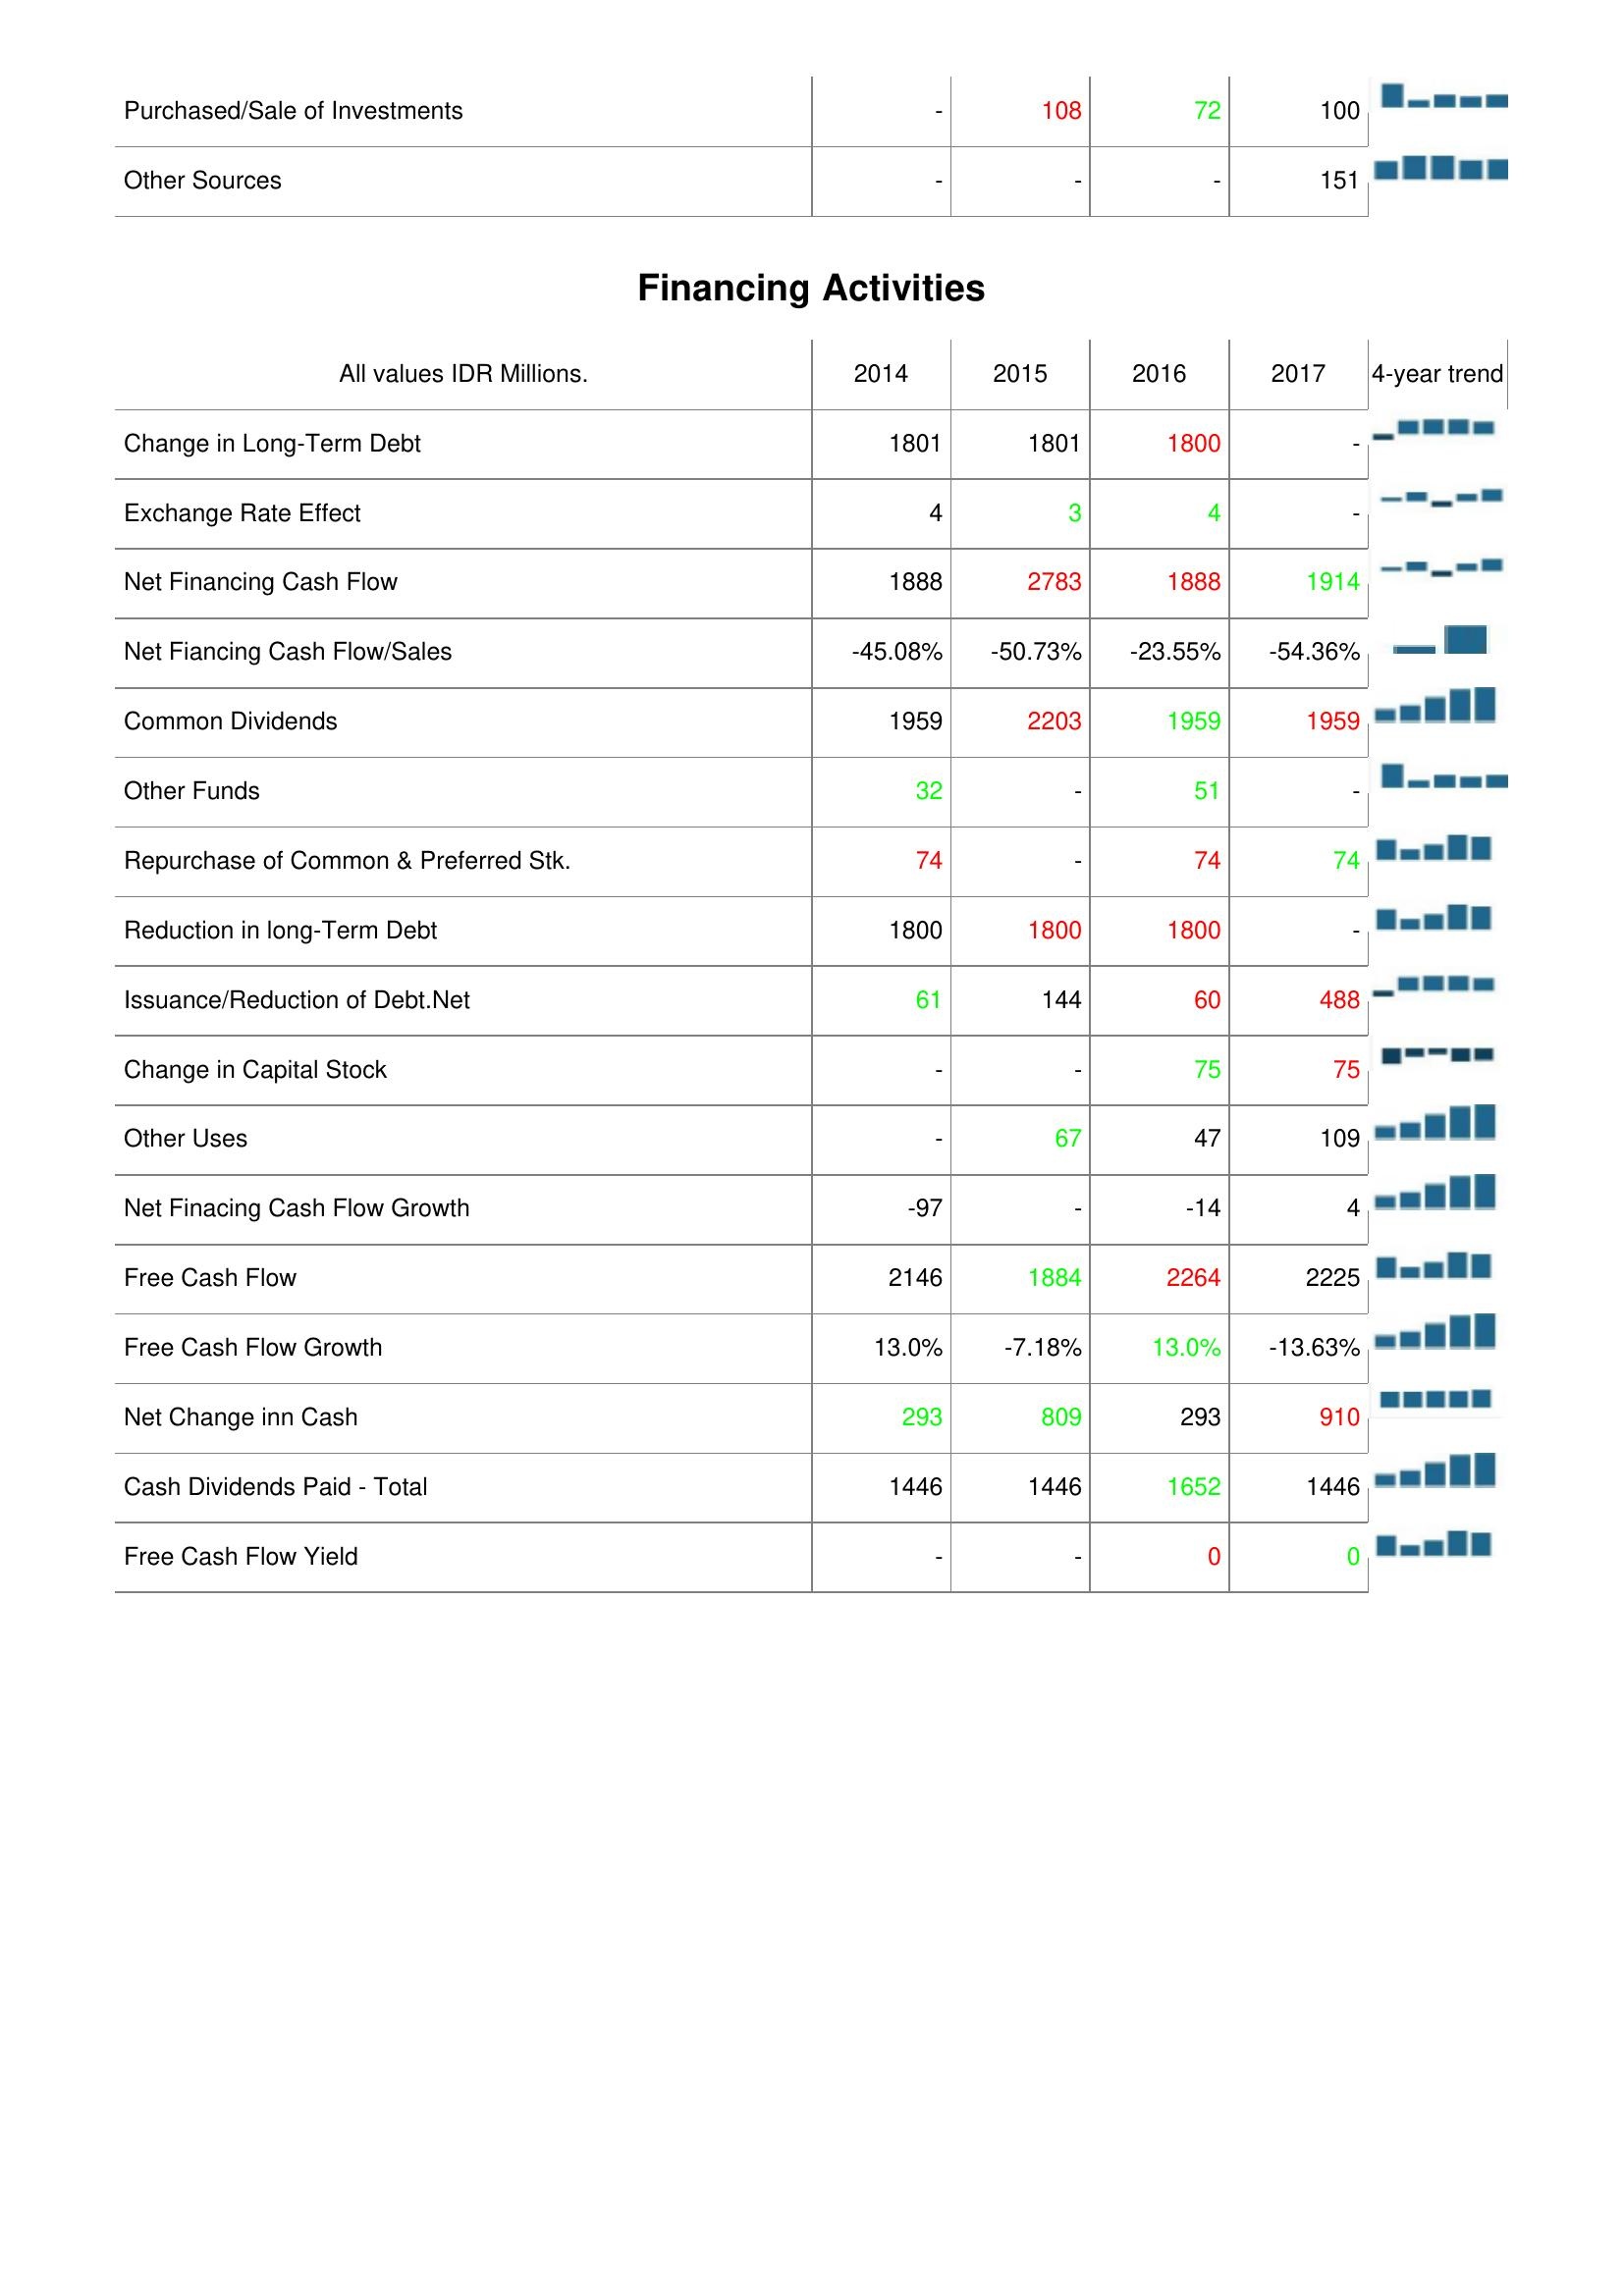
2014: Investing Activities: Purchased/Sale of Investments: -
Other Sources: -
Financing Activities: Change in Long-Term Debt: 1801
Exchange Rate Effect: 4
Net Financing Cash Flow: 1888
Net Fiancing Cash Flow/Sales: -45.08%
Common Dividends: 1959
Other Funds: 32
Repurchase of Common & Preferred Stk.: 74
Reduction in long-Term Debt: 1800
Issuance/Reduction of Debt.Net: 61
Change in Capital Stock: -
Other Uses: -
Net Finacing Cash Flow Growth: -97
Free Cash Flow: 2146
Free Cash Flow Growth: 13.0%
Net Change inn Cash: 293
Cash Dividends Paid - Total: 1446
Free Cash Flow Yield: -
2015: Investing Activities: Purchased/Sale of Investments: 108
Other Sources: -
Financing Activities: Change in Long-Term Debt: 1801
Exchange Rate Effect: 3
Net Financing Cash Flow: 2783
Net Fiancing Cash Flow/Sales: -50.73%
Common Dividends: 2203
Other Funds: -
Repurchase of Common & Preferred Stk.: -
Reduction in long-Term Debt: 1800
Issuance/Reduction of Debt.Net: 144
Change in Capital Stock: -
Other Uses: 67
Net Finacing Cash Flow Growth: -
Free Cash Flow: 1884
Free Cash Flow Growth: -7.18%
Net Change inn Cash: 809
Cash Dividends Paid - Total: 1446
Free Cash Flow Yield: -
2016: Investing Activities: Purchased/Sale of Investments: 72
Other Sources: -
Financing Activities: Change in Long-Term Debt: 1800
Exchange Rate Effect: 4
Net Financing Cash Flow: 1888
Net Fiancing Cash Flow/Sales: -23.55%
Common Dividends: 1959
Other Funds: 51
Repurchase of Common & Preferred Stk.: 74
Reduction in long-Term Debt: 1800
Issuance/Reduction of Debt.Net: 60
Change in Capital Stock: 75
Other Uses: 47
Net Finacing Cash Flow Growth: -14
Free Cash Flow: 2264
Free Cash Flow Growth: 13.0%
Net Change inn Cash: 293
Cash Dividends Paid - Total: 1652
Free Cash Flow Yield: 0
2017: Investing Activities: Purchased/Sale of Investments: 100
Other Sources: 151
Financing Activities: Change in Long-Term Debt: -
Exchange Rate Effect: -
Net Financing Cash Flow: 1914
Net Fiancing Cash Flow/Sales: -54.36%
Common Dividends: 1959
Other Funds: -
Repurchase of Common & Preferred Stk.: 74
Reduction in long-Term Debt: -
Issuance/Reduction of Debt.Net: 488
Change in Capital Stock: 75
Other Uses: 109
Net Finacing Cash Flow Growth: 4
Free Cash Flow: 2225
Free Cash Flow Growth: -13.63%
Net Change inn Cash: 910
Cash Dividends Paid - Total: 1446
Free Cash Flow Yield: 0